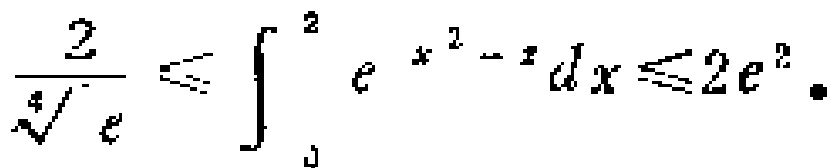
$\frac{2}{\sqrt[4]{e}}\leqslant\int_{0}^{2}e^{x^{2}-x}dx\leqslant 2e^{2}$